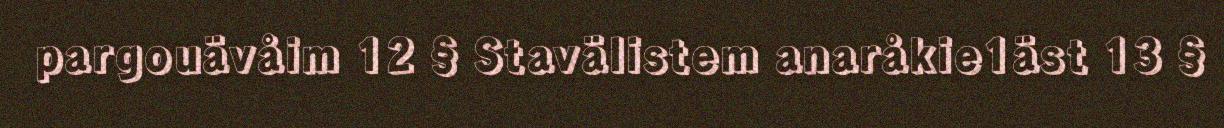
pargouävåim 12 § Stavälistem anaråkie1äst 13 §